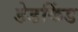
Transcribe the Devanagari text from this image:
डेडकिंड